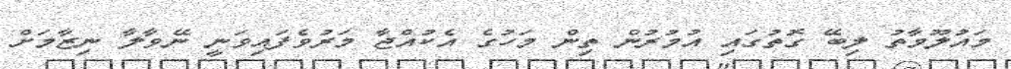
މައުލޫމާތު ލިބޭ ގޮތުގައި އުމުރުން ތިން މަހުގެ އެކުއްޖާ މަރުވެފައިވަނީ ނޭވާލާ ނިޒާމަށް